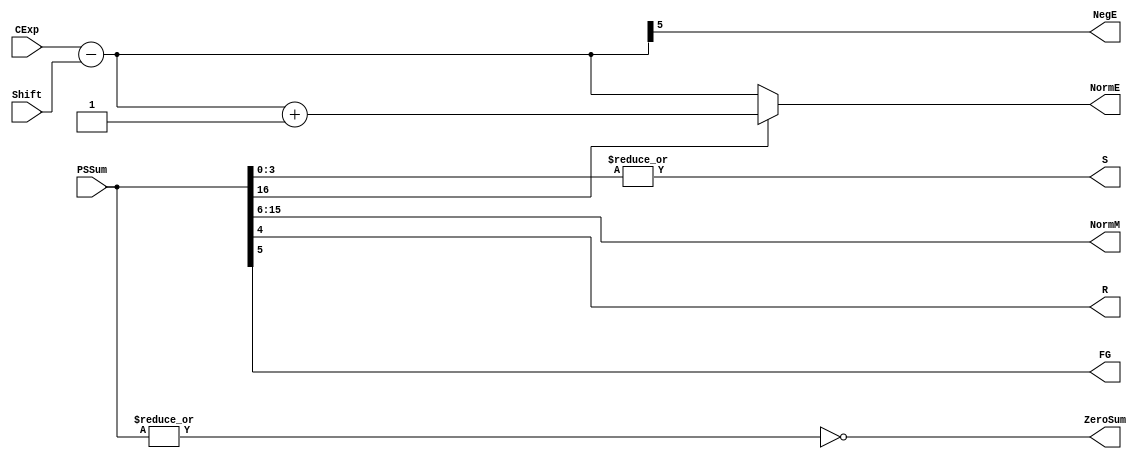
`define SIMULATION_MEMORY
//`define SIMULATION_addfp
`define VECTOR_DEPTH 64 //Q,K,V vector size
`define DATA_WIDTH 16
`define VECTOR_BITS 1024 // 16 bit each (16x64)
`define NUM_WORDS 32   //num of words in the sentence
`define BUF_AWIDTH 4 //16 entries in each buffer ram
`define BUF_LOC_SIZE 4 //4 words in each addr location
`define OUT_RAM_DEPTH 512 //512 entries in output bram
`define EXPONENT 8
`define MANTISSA 7
`define EXPONENT 5
`define MANTISSA 10
`define SIGN 1
`define DWIDTH (`SIGN+`EXPONENT+`MANTISSA)
`define DEFINES_DONE
`define DATAWIDTH (`SIGN+`EXPONENT+`MANTISSA)
`define IEEE_COMPLIANCE 1
`define NUM 4
`define ADDRSIZE 4

module FPAddSub_NormalizeShift2(
		PSSum,
		CExp,
		Shift,
		NormM,
		NormE,
		ZeroSum,
		NegE,
		R,
		S,
		FG
	);
	
	// Input ports
	input [`DWIDTH:0] PSSum ;					// The Pre-Shift-Sum
	input [`EXPONENT-1:0] CExp ;
	input [4:0] Shift ;					// Amount to be shifted

	// Output ports
	output [`MANTISSA-1:0] NormM ;				// Normalized mantissa
	output [`EXPONENT:0] NormE ;					// Adjusted exponent
	output ZeroSum ;						// Zero flag
	output NegE ;							// Flag indicating negative exponent
	output R ;								// Round bit
	output S ;								// Final sticky bit
	output FG ;

	// Internal signals
	wire MSBShift ;						// Flag indicating that a second shift is needed
	wire [`EXPONENT:0] ExpOF ;					// MSB set in sum indicates overflow
	wire [`EXPONENT:0] ExpOK ;					// MSB not set, no adjustment
	
	// Calculate normalized exponent and mantissa, check for all-zero sum
	assign MSBShift = PSSum[`DWIDTH] ;		// Check MSB in unnormalized sum
	assign ZeroSum = ~|PSSum ;			// Check for all zero sum
	assign ExpOK = CExp - Shift ;		// Adjust exponent for new normalized mantissa
	assign NegE = ExpOK[`EXPONENT] ;			// Check for exponent overflow
	assign ExpOF = CExp - Shift + 1'b1 ;		// If MSB set, add one to exponent(x2)
	assign NormE = MSBShift ? ExpOF : ExpOK ;			// Check for exponent overflow
	assign NormM = PSSum[`DWIDTH-1:`EXPONENT+1] ;		// The new, normalized mantissa
	
	// Also need to compute sticky and round bits for the rounding stage
	assign FG = PSSum[`EXPONENT] ; 
	assign R = PSSum[`EXPONENT-1] ;
	assign S = |PSSum[`EXPONENT-2:0] ;
	
endmodule